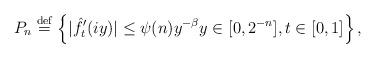
LaTeX: \begin{align*}P_{n} \overset{\mathrm{def}}{=} \left\{|\hat{f}'_{t}(iy)|\le \psi(n)y^{-\beta} y\in[0, 2^{-n}], t\in[0,1] \right\},\end{align*}